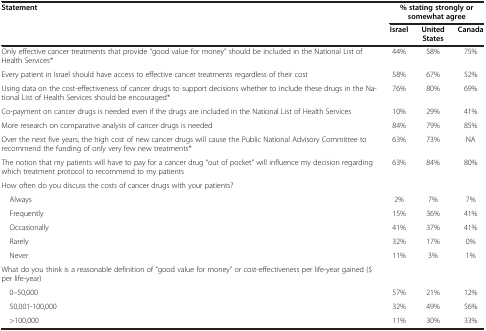
<table><thead><tr><td rowspan="2"><b>Statement</b></td><td colspan="3"><b>% stating strongly or somewhat agree</b></td></tr><tr><td><b>Israel</b></td><td><b>United States</b></td><td><b>Canada</b></td></tr></thead><tbody><tr><td>Only effective cancer treatments that provide “good value for money” should be included in the National List of Health Services*</td><td>44%</td><td>58%</td><td>75%</td></tr><tr><td>Every patient in Israel should have access to effective cancer treatments regardless of their cost</td><td>58%</td><td>67%</td><td>52%</td></tr><tr><td>Using data on the cost-effectiveness of cancer drugs to support decisions whether to include these drugs in the National List of Health Services should be encouraged*</td><td>76%</td><td>80%</td><td>69%</td></tr><tr><td>Co-payment on cancer drugs is needed even if the drugs are included in the National List of Health Services</td><td>10%</td><td>29%</td><td>41%</td></tr><tr><td>More research on comparative analysis of cancer drugs is needed</td><td>84%</td><td>79%</td><td>85%</td></tr><tr><td>Over the next five years, the high cost of new cancer drugs will cause the Public National Advisory Committee to recommend the funding of only very few new treatments*</td><td>63%</td><td>73%</td><td>NA</td></tr><tr><td>The notion that my patients will have to pay for a cancer drug “out of pocket” will influence my decision regarding which treatment protocol to recommend to my patients</td><td>63%</td><td>84%</td><td>80%</td></tr><tr><td>How often do you discuss the costs of cancer drugs with your patients?</td><td>[EMPTY_CELL]</td><td>[EMPTY_CELL]</td><td>[EMPTY_CELL]</td></tr><tr><td> Always</td><td>2%</td><td>7%</td><td>7%</td></tr><tr><td> Frequently</td><td>15%</td><td>36%</td><td>41%</td></tr><tr><td> Occasionally</td><td>41%</td><td>37%</td><td>41%</td></tr><tr><td> Rarely</td><td>32%</td><td>17%</td><td>0%</td></tr><tr><td> Never</td><td>11%</td><td>3%</td><td>1%</td></tr><tr><td>What do you think is a reasonable definition of “good value for money” or cost-effectiveness per life-year gained ($ per life-year)</td><td>[EMPTY_CELL]</td><td>[EMPTY_CELL]</td><td>[EMPTY_CELL]</td></tr><tr><td> 0–50,000</td><td>57%</td><td>21%</td><td>12%</td></tr><tr><td> 50,001-100,000</td><td>32%</td><td>49%</td><td>56%</td></tr><tr><td> &gt;100,000</td><td>11%</td><td>30%</td><td>33%</td></tr></tbody></table>